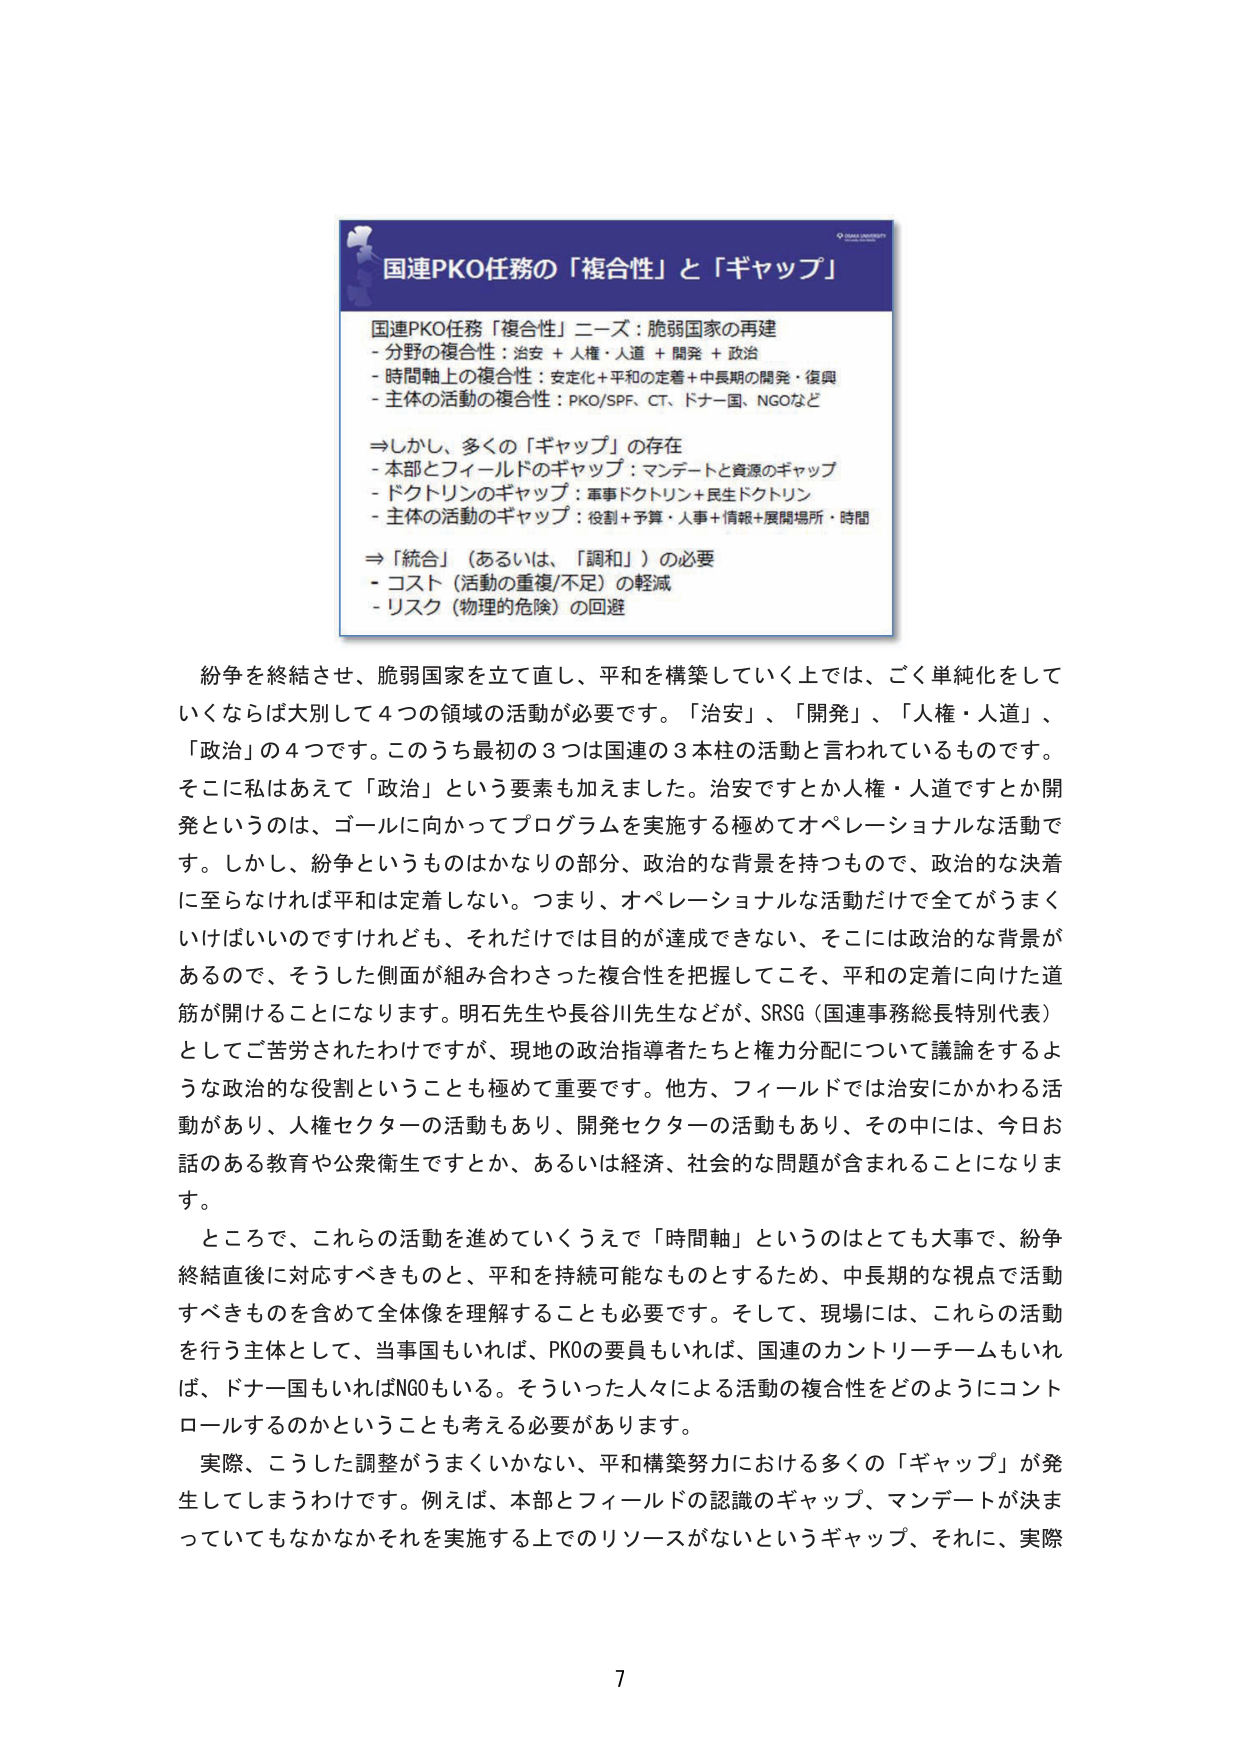
国連PKO任務の「複合性」と「ギャップ」

国連PKO任務「複合性」ニーズ：脆弱国家の再建
- 分野の複合性：治安 + 人権・人道 + 開発 + 政治
- 時間軸上の複合性：安定化＋平和の定着＋中長期の開発・復興
- 主体の活動の複合性：PKO/SPF、CT、ドナー国、NGOなど

⇒しかし、多くの「ギャップ」の存在
- 本部とフィールドのギャップ：マンデートと資源のギャップ
- ドクトリンのギャップ：軍事ドクトリン＋民生ドクトリン
- 主体の活動のギャップ：役割＋予算・人事＋情報＋展開場所・時間

⇒「統合」（あるいは、「調和」）の必要
- コスト（活動の重複/不足）の軽減
- リスク（物理的危険）の回避

紛争を終結させ、脆弱国家を立て直し、平和を構築していく上では、ごく単純化をしていくならば大別して4つの領域の活動が必要です。「治安」、「開発」、「人権・人道」、「政治」の4つです。このうち最初の3つは国連の3本柱の活動と言われているものです。そこに私はあえて「政治」という要素も加えました。治安ですとか人権・人道ですとか開発というのは、ゴールに向かってプログラムを実施する極めてオペレーショナルな活動です。しかし、紛争というものはかなりの部分、政治的な背景を持つもので、政治的な決着に至らなければ平和は定着しない。つまり、オペレーショナルな活動だけで全てがうまくいけばいいのですけれども、それだけでは目的が達成できない、そこには政治的な背景があるので、そうした側面が組み合わさった複合性を把握してこそ、平和の定着に向けた道筋が開けることになります。明石先生や長谷川先生などが、SRSG（国連事務総長特別代表）としてご苦労されたわけですが、現地の政治指導者たちと権力分配について議論をするような政治的な役割ということも極めて重要です。他方、フィールドでは治安にかかわる活動があり、人権セクターの活動もあり、開発セクターの活動もあり、その中には、今日お話のある教育や公衆衛生ですとか、あるいは経済、社会的な問題が含まれることになります。

ところで、これらの活動を進めていくうえで「時間軸」というのはとても大事で、紛争終結直後に対応すべきものと、平和を持続可能なものとするため、中長期的な視点で活動すべきものを含めて全体像を理解することも必要です。そして、現場には、これらの活動を行う主体として、当事国もいれば、PKOの要員もいれば、国連のカントリーチームもいれば、ドナー国もいればNGOもいる。そういった人々による活動の複合性をどのようにコントロールするのかということを考える必要があります。

実際、こうした調整がうまくいかない、平和構築努力における多くの「ギャップ」が発生してしまうわけです。例えば、本部とフィールドの認識のギャップ、マンデートが決まっていてもなかなかそれを実施する上でのリソースがないというギャップ、それに、実際

7